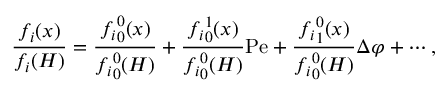
\frac { f _ { i } ( x ) } { f _ { i } ( H ) } = \frac { { f _ { i } } _ { 0 } ^ { 0 } ( x ) } { { f _ { i } } _ { 0 } ^ { 0 } ( H ) } + \frac { { f _ { i } } _ { 0 } ^ { 1 } ( x ) } { { f _ { i } } _ { 0 } ^ { 0 } ( H ) } \mathrm { P e } + \frac { { f _ { i } } _ { 1 } ^ { 0 } ( x ) } { { f _ { i } } _ { 0 } ^ { 0 } ( H ) } \Delta \varphi + \cdots ,